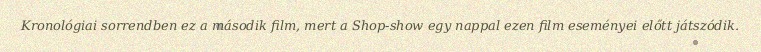
Kronológiai sorrendben ez a második film, mert a Shop-show egy nappal ezen film eseményei előtt játszódik.